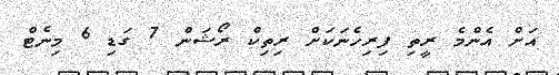
އަށް އެންމެ ރީތި ފިރިހެނަކަށް ރިތިކް ރޯޝަން 7 ގަޑި 6 މިނެޓް